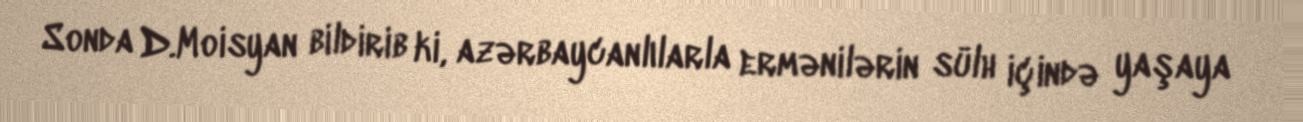
Sonda D.Moisyan bildirib ki, azərbaycanlılarla ermənilərin sülh içində yaşaya